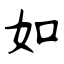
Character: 如